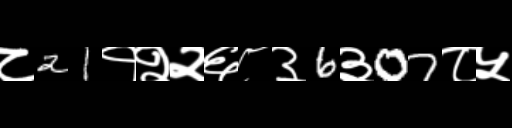
Text: ८21१२२६८३6३07८५